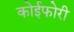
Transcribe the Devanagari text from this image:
कोईफोरी